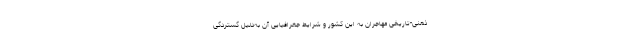
ذهنی-تاریخی مهاجران به این کشور و شرایط جغرافیایی آن به‌دلیل گستردگی